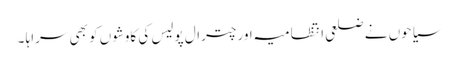
سیاحوں نے ضلعی انتظامیہ اور چترال پولیس کی کاوشوں کو بھی سراہا ۔